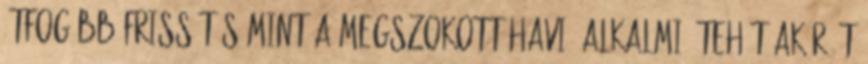
átfogóbb frissítés mint a megszokott havi alkalmi, tehát akár át